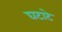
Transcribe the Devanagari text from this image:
घटाटे